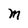
Character: M